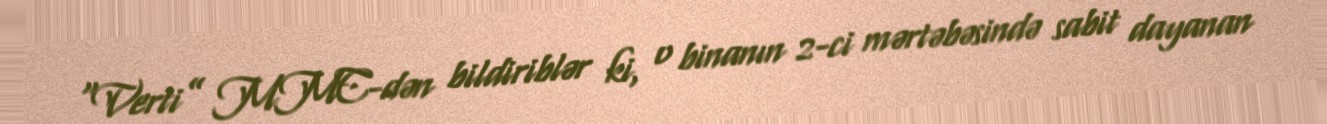
“Verti” MMC-dən bildiriblər ki, o binanın 2-ci mərtəbəsində sabit dayanan